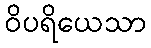
ဝိပရိယေသာ